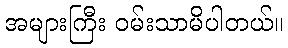
အများကြီး ဝမ်းသာမိပါတယ်။